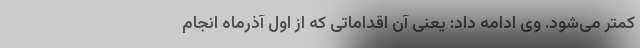
کمتر می‌شود. وی ادامه داد: یعنی آن اقداماتی که از اول آذرماه انجام